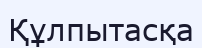
Құлпытасқа